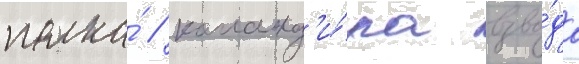
полка́ / команд'и́ра взво́да